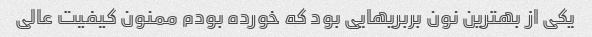
یکی از بهترین نون بربریهایی بود که خورده بودم ممنون کیفیت عالی